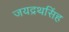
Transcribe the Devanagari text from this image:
जयद्रथसिंह